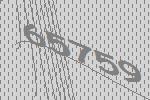
65759